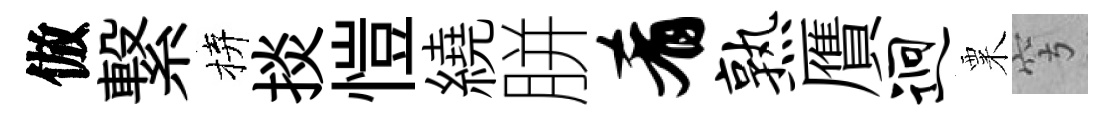
倣繋拚掞愷繞胼肴熟贋迥粟穹